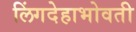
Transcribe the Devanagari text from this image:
लिंगदेहाभोवती